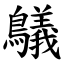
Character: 鸃